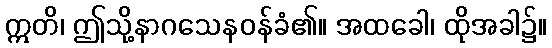
ဣတိ၊ ဤသို့နာဂသေနဝန်ခံ၏။ အထခေါ၊ ထိုအခါ၌။